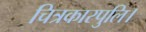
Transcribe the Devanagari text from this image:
चित्रकारपुलि।